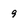
Character: 9